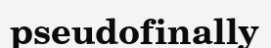
pseudofinally